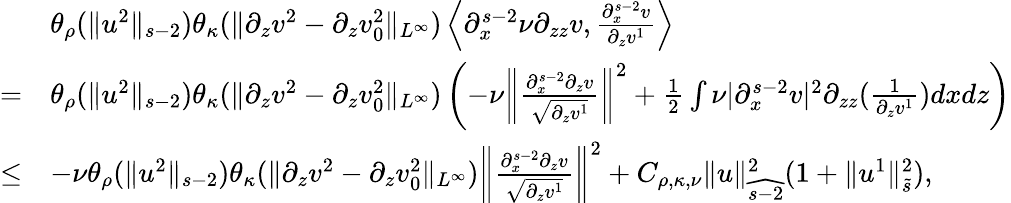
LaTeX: \begin{array}{rl}&{\theta_{\rho}(\| u^{2}\| _{s-2})\theta_{\kappa}(\| \partial_{z}v^{2}-\partial_{z}v_{0}^{2}\| _{L^{\infty}})\left\langle\partial_{x}^{s-2}\nu\partial_{zz}v,\frac{\partial_{x}^{s-2}v}{\partial_{z}v^{1}}\right\rangle}\\ {=}&{\theta_{\rho}(\| u^{2}\| _{s-2})\theta_{\kappa}(\| \partial_{z}v^{2}-\partial_{z}v_{0}^{2}\| _{L^{\infty}})\left(-\nu\left\| \frac{\partial_{x}^{s-2}\partial_{z}v}{\sqrt{\partial_{z}v^{1}}}\right\| ^{2}+\frac 12\int\nu|\partial_{x}^{s-2}v|^{2}\partial_{zz}(\frac 1{\partial_{z}v^{1}})dxdz\right)}\\ {\leq}&{-\nu\theta_{\rho}(\| u^{2}\| _{s-2})\theta_{\kappa}(\| \partial_{z}v^{2}-\partial_{z}v_{0}^{2}\| _{L^{\infty}})\left\| \frac{\partial_{x}^{s-2}\partial_{z}v}{\sqrt{\partial_{z}v^{1}}}\right\| ^{2}+C_{\rho,\kappa,\nu}\| u\| _{\widehat{s-2}}^{2}(1+\| u^{1}\| _{\tilde{s}}^{2}),}\end{array}